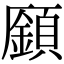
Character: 𩔟